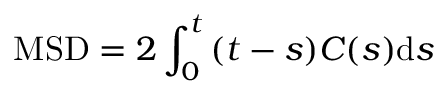
\mathrm { M S D } = 2 \int _ { 0 } ^ { t } { ( t - s ) C ( s ) \mathrm { d } s }